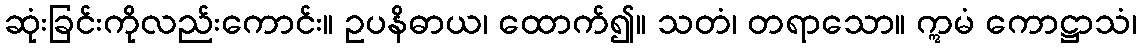
ဆုံးခြင်းကိုလည်းကောင်း။ ဥပနိဓာယ၊ ထောက်၍။ သတံ၊ တရာသော။ ဣမံ ကောဋ္ဌာသံ၊